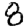
Digit: 8